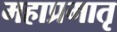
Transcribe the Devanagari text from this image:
महाप्रमातृ